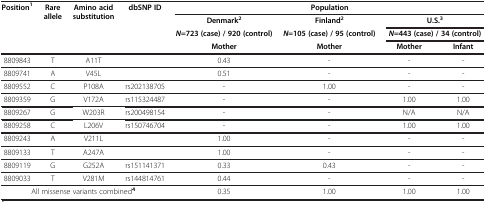
<table><thead><tr><td><b>Position<sup>1</sup></b></td><td><b>Rare allele</b></td><td><b>Amino acid substitution</b></td><td><b>dbSNP ID</b></td><td colspan="4"><b>Population</b></td></tr><tr><td><b> </b></td><td><b> </b></td><td><b> </b></td><td><b> </b></td><td><b>Denmark<sup>2</sup></b></td><td><b>Finland<sup>2</sup></b></td><td colspan="2"><b>U.S.<sup>3</sup></b></td></tr><tr><td><b> </b></td><td><b> </b></td><td><b> </b></td><td><b> </b></td><td><b><i>N</i>=723 (case) / 920 (control)</b></td><td><b><i>N</i>=105 (case) / 95 (control)</b></td><td colspan="2"><b><i>N</i>=443 (case) / 34 (control)</b></td></tr><tr><td><b> </b></td><td><b> </b></td><td><b> </b></td><td><b> </b></td><td><b>Mother</b></td><td><b>Mother</b></td><td><b>Mother</b></td><td><b>Infant</b></td></tr></thead><tbody><tr><td>8809843</td><td>T</td><td>A11T</td><td> </td><td>0.43</td><td>-</td><td>-</td><td>-</td></tr><tr><td>8809741</td><td>A</td><td>V45L</td><td> </td><td>0.51</td><td>-</td><td>-</td><td>-</td></tr><tr><td>8809552</td><td>C</td><td>P108A</td><td>rs202138705</td><td>-</td><td>1.00</td><td>-</td><td>-</td></tr><tr><td>8809359</td><td>G</td><td>V172A</td><td>rs115324487</td><td>-</td><td>-</td><td>1.00</td><td>1.00</td></tr><tr><td>8809267</td><td>G</td><td>W203R</td><td>rs200498154</td><td>-</td><td>-</td><td>N/A</td><td>N/A</td></tr><tr><td>8809258</td><td>C</td><td>L206V</td><td>rs150746704</td><td>-</td><td>-</td><td>1.00</td><td>1.00</td></tr><tr><td>8809243</td><td>A</td><td>V211L</td><td> </td><td>1.00</td><td>-</td><td>-</td><td>-</td></tr><tr><td>8809133</td><td>T</td><td>A247A</td><td> </td><td>1.00</td><td>-</td><td>-</td><td>-</td></tr><tr><td>8809119</td><td>G</td><td>G252A</td><td>rs151141371</td><td>0.33</td><td>0.43</td><td>-</td><td>-</td></tr><tr><td>8809033</td><td>T</td><td>V281M</td><td>rs144814761</td><td>0.44</td><td>-</td><td>-</td><td>-</td></tr><tr><td colspan="4">All missense variants combined<sup><b>4</b></sup></td><td>0.35</td><td>1.00</td><td>1.00</td><td>1.00</td></tr></tbody></table>